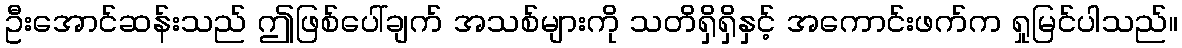
ဦးအောင်ဆန်းသည် ဤဖြစ်ပေါ်ချက် အသစ်များကို သတိရှိရှိနှင့် အကောင်းဖက်က ရှုမြင်ပါသည်။